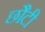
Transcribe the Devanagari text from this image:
छौटी